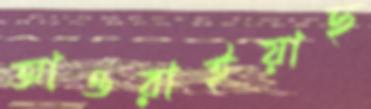
আওরাইয়াছ